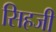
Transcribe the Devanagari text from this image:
सिहजी